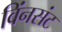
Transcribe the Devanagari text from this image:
विंनसंट